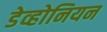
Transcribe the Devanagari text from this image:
डेव्होनियन